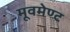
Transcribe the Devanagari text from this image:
मूवमेण्ट